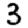
Digit: 3